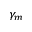
\gamma _ { m }